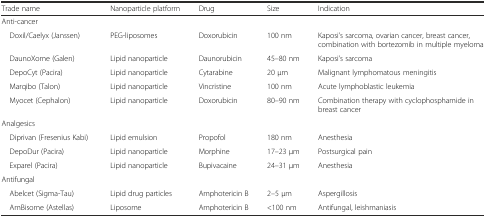
<table><thead><tr><td><b>Trade name</b></td><td><b>Nanoparticle platform</b></td><td><b>Drug</b></td><td><b>Size</b></td><td><b>Indication</b></td></tr></thead><tbody><tr><td colspan="5">Anti-cancer</td></tr><tr><td> Doxil/Caelyx (Janssen)</td><td>PEG-liposomes</td><td>Doxorubicin</td><td>100 nm</td><td>Kaposi’s sarcoma, ovarian cancer, breast cancer, combination with bortezomib in multiple myeloma</td></tr><tr><td> DaunoXome (Galen)</td><td>Lipid nanoparticle</td><td>Daunorubicin</td><td>45–80 nm</td><td>Kaposi’s sarcoma</td></tr><tr><td> DepoCyt (Pacira)</td><td>Lipid nanoparticle</td><td>Cytarabine</td><td>20 μm</td><td>Malignant lymphomatous meningitis</td></tr><tr><td> Marqibo (Talon)</td><td>Lipid nanoparticle</td><td>Vincristine</td><td>100 nm</td><td>Acute lymphoblastic leukemia</td></tr><tr><td> Myocet (Cephalon)</td><td>Lipid nanoparticle</td><td>Doxorubicin</td><td>80–90 nm</td><td>Combination therapy with cyclophosphamide in breast cancer</td></tr><tr><td colspan="5">Analgesics</td></tr><tr><td> Diprivan (Fresenius Kabi)</td><td>Lipid emulsion</td><td>Propofol</td><td>180 nm</td><td>Anesthesia</td></tr><tr><td> DepoDur (Pacira)</td><td>Lipid nanoparticle</td><td>Morphine</td><td>17–23 μm</td><td>Postsurgical pain</td></tr><tr><td> Exparel (Pacira)</td><td>Lipid nanoparticle</td><td>Bupivacaine</td><td>24–31 μm</td><td>Anesthesia</td></tr><tr><td colspan="5">Antifungal</td></tr><tr><td> Abelcet (Sigma-Tau)</td><td>Lipid drug particles</td><td>Amphotericin B</td><td>2–5 μm</td><td>Aspergillosis</td></tr><tr><td> AmBisome (Astellas)</td><td>Liposome</td><td>Amphotericin B</td><td>&lt;100 nm</td><td>Antifungal, leishmaniasis</td></tr></tbody></table>